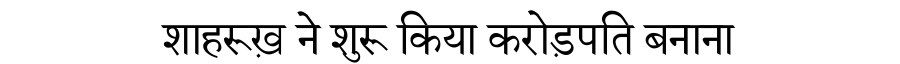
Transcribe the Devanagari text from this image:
शाहरूख़ ने शुरू किया करोड़पति बनाना